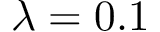
\lambda = 0 . 1